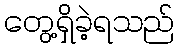
တွေ့ရှိခဲ့ရသည်